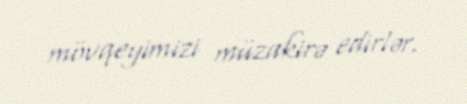
mövqeyimizi müzakirə edirlər.